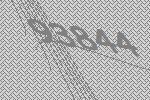
93844